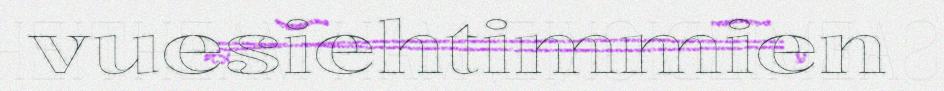
vuesiehtimmien